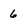
Character: 6